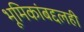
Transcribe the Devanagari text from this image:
भूमिकांबद्दलही